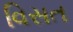
વિસત